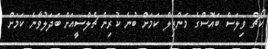
ކޯޗް ވިލަސް ބައޮސްގެ މަންޒިލް ކަމަށް ބުނެ ކުރިން ޗެލްސީއަށް ބަދަލުވާނެ ކަމަށް